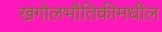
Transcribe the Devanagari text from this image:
खगोलभौतिकीमधील